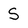
Character: S